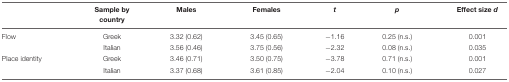
<table><thead><tr><td></td><td><b>Sample by country</b></td><td><b>Males</b></td><td><b>Females</b></td><td><b><i>t</i></b></td><td><b><i>p</i></b></td><td><b>Effect size <i>d</i></b></td></tr></thead><tbody><tr><td>Flow</td><td>Greek</td><td>3.32 (0.62)</td><td>3.45 (0.65)</td><td>-1.16</td><td>0.25 (n.s.)</td><td>0.001</td></tr><tr><td></td><td>Italian</td><td>3.56 (0.46)</td><td>3.75 (0.56)</td><td>-2.32</td><td>0.08 (n.s.)</td><td>0.035</td></tr><tr><td>Place identity</td><td>Greek</td><td>3.46 (0.71)</td><td>3.50 (0.75)</td><td>-3.78</td><td>0.71 (n.s.)</td><td>0.001</td></tr><tr><td></td><td>Italian</td><td>3.37 (0.68)</td><td>3.61 (0.85)</td><td>-2.04</td><td>0.10 (n.s.)</td><td>0.027</td></tr></tbody></table>